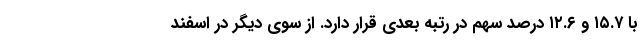
با ۱۵.۷ و ۱۲.۶ درصد سهم در رتبه بعدی قرار دارد. از سوی دیگر در اسفند